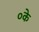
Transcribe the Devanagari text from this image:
०के